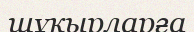
шұқырларға